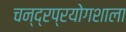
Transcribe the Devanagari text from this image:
चन्द्रप्रयोगशाला